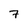
Character: 7